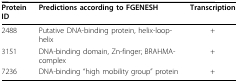
<table><thead><tr><td><b>Protein ID</b></td><td><b>Predictions according to FGENESH</b></td><td><b>Transcription</b></td></tr></thead><tbody><tr><td>2488</td><td>Putative DNA-binding protein, helix-loop-helix</td><td>+</td></tr><tr><td>3151</td><td>DNA-binding domain, Zn-finger; BRAHMA-complex</td><td>+</td></tr><tr><td>7236</td><td>DNA-binding &quot;high mobility group&quot; protein</td><td>+</td></tr></tbody></table>